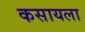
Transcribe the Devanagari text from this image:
कसायला